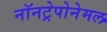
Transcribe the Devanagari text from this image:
नॉनट्रेपोनेमल